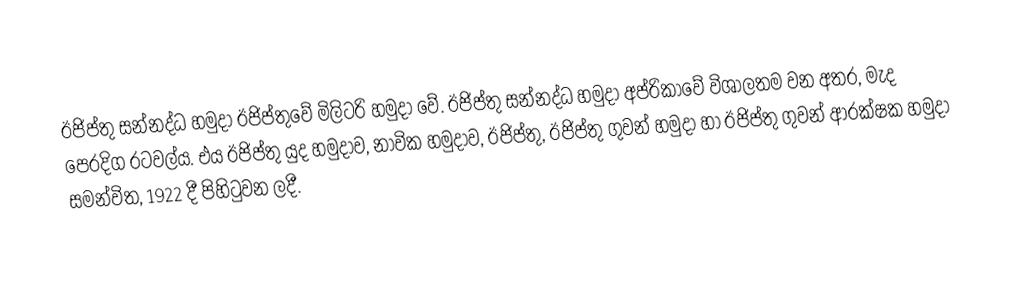
ඊජිප්තු සන්නද්ධ හමුදා ඊජිප්තුවේ මිලිටරි හමුදා වේ. ඊජිප්තු සන්නද්ධ හමුදා අප්රිකාවේ විශාලතම වන අතර, මැද පෙරදිග රටවල්ය. එය ඊජිප්තු යුද හමුදාව, නාවික හමුදාව, ඊජිප්තු, ඊජිප්තු ගුවන් හමුදා හා ඊජිප්තු ගුවන් ආරක්ෂක හමුදා සමන්විත, 1922 දී පිහිටුවන ලදී.